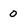
Character: 0